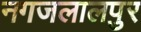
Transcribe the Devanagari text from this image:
नगजलालपुर